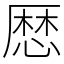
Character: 𢟍